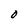
Character: O